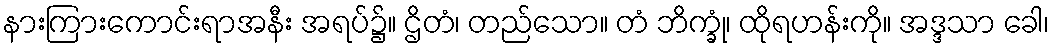
နားကြားကောင်းရာအနီး အရပ်၌။ ဌိတံ၊ တည်သော။ တံ ဘိက္ခုံ၊ ထိုရဟန်းကို။ အဒ္ဒသာ ခေါ၊